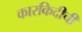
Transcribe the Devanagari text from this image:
कारकिदीची